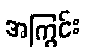
အကြွင်း